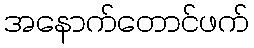
အနောက်တောင်ဖက်